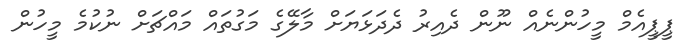
ޕީޕީއެމް މީހުންނެއް ނޫން ދެއިރު ދެދަޅަޔަށް މާލޭގެ މަގުތައް މައްޗަށް ނުކުމެ މީހުން